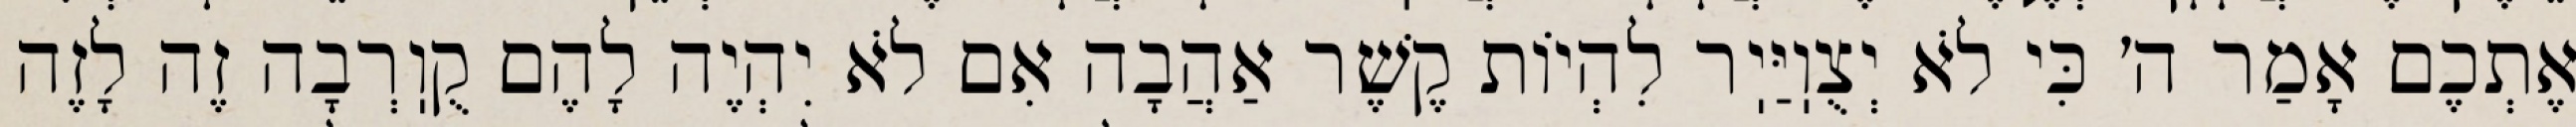
אֶתְכֶם אָמַר ה׳ כִּי לֹא יְצֻוֽיַּיֽר לִהְיוֹת קֶשֶׁר אַהֲבָה אִם לֹא יִהְיֶה לָהֶם קֻוֽרְבָה זֶה לָזֶה